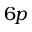
6 p